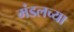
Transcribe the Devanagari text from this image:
मंडलच्या